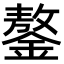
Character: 鏊